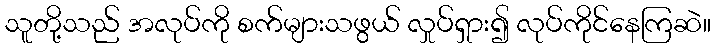
သူတို့သည် အလုပ်ကို စက်များသဖွယ် လှုပ်ရှား၍ လုပ်ကိုင်နေကြဆဲ။